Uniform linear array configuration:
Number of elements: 8
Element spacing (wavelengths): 0.25
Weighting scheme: hann
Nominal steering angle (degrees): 60
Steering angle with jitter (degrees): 59.445
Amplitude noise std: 0.05
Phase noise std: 0.05

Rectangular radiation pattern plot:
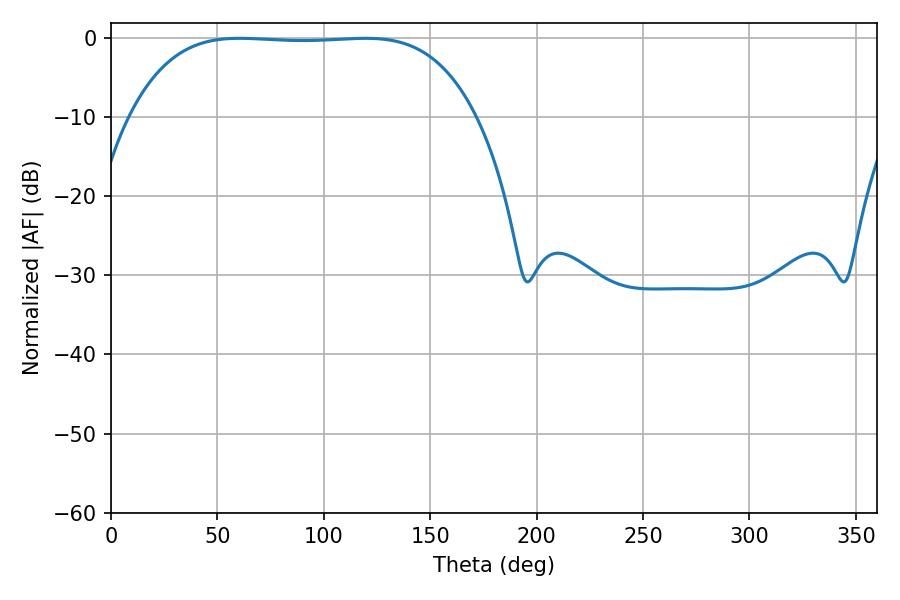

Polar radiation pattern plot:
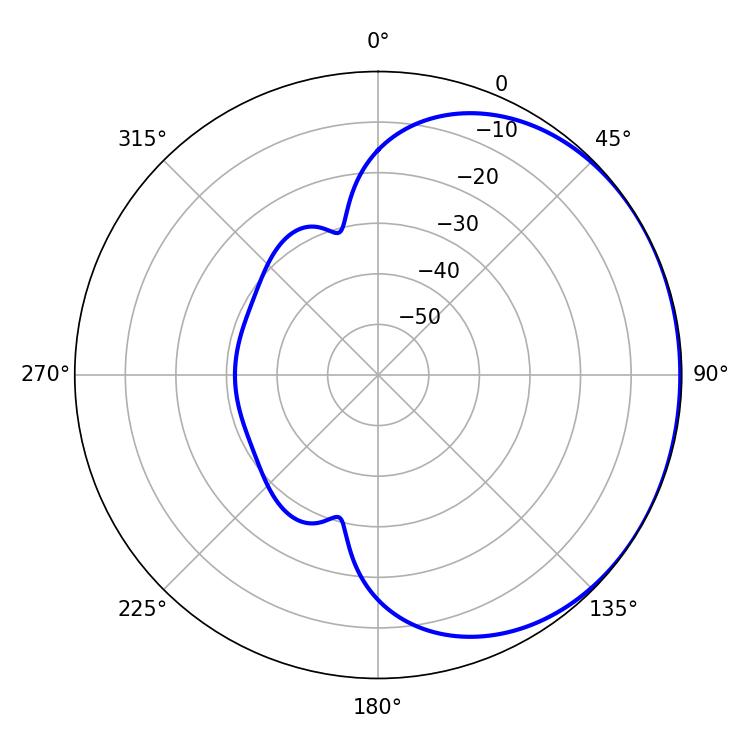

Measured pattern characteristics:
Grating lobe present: FALSE
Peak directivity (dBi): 0.7035
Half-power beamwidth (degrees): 126
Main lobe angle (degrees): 60.48